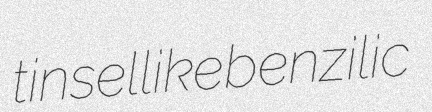
tinsellike benzilic